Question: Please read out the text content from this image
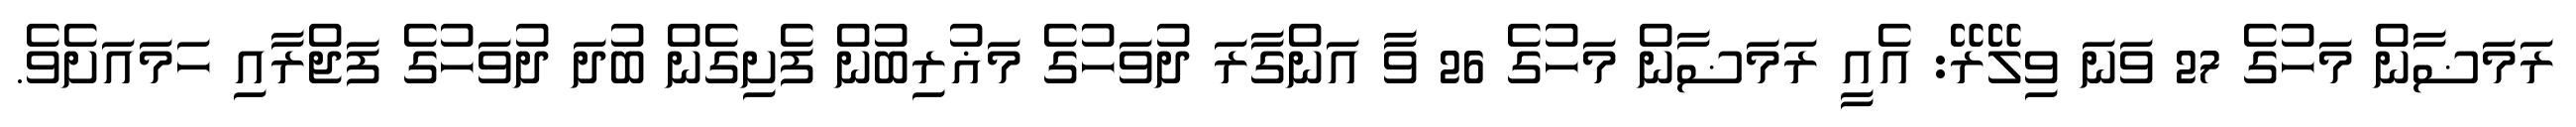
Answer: ރަމަޟާން މަހުގެ 27 ވަނަ ވިލޭރޭ: އެއީ ރަމަޟާން މަހުގެ 26 ވާ އަންގާރަ ދުވަހުގެ މަޣުރިބުން ފެށިގެން ބުދަ ދުވަހުގެ ފަޖްރާއި ހަމައަށެވެ.